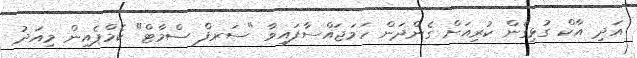
އަދި އާކް ގުޅިގެން ކުރިއަށް ގެންދަން ހަމަޖައްސާފައިވާ "ސަރފް ސްމާޓް" ކެމްޕެއިން މިއަދު